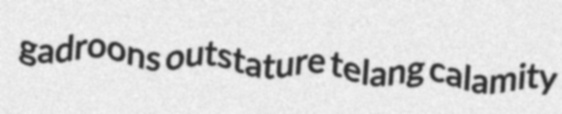
gadroons outstature telang calamity